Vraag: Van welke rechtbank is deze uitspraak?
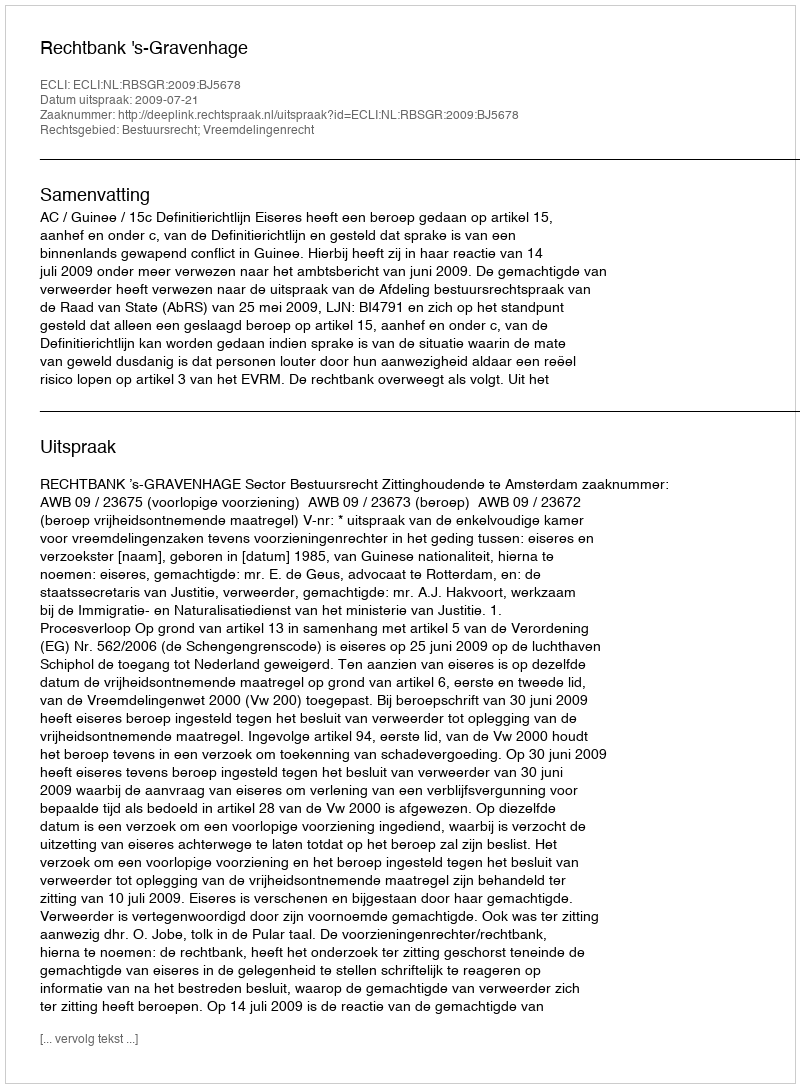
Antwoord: Rechtbank 's-Gravenhage